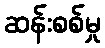
ဆန်းစစ်မှု